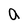
Character: a